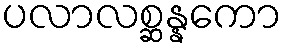
ပလာလစ္ဆန္နကော